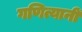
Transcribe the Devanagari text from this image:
गणित्यानीं